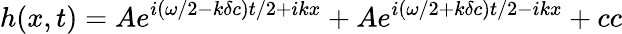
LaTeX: h(x,t)=Ae^{i(\omega/2-k\delta c)t/2+ikx}+Ae^{i(\omega/2+k\delta c)t/2-ikx}+cc